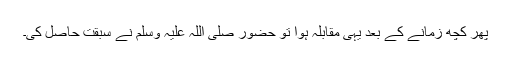
پھر کچھ زمانے کے بعد یہی مقابلہ ہوا تو حضور صلی اللہ علیہ وسلم نے سبقت حاصل کی۔